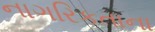
નાગરિકતાના